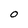
Character: O